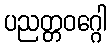
ပညတ္တဝဂ္ဂေါ